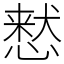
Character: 慭